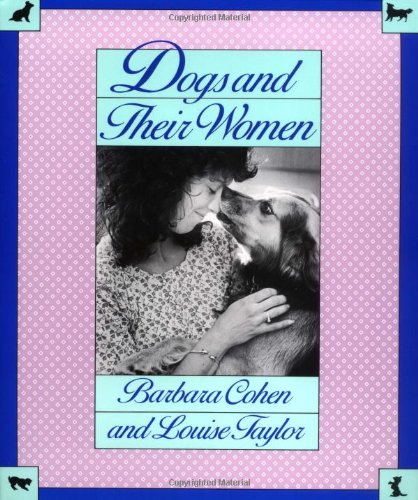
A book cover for Dogs and Their Women; Louise Taylor; Crafts, Hobbies & Home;